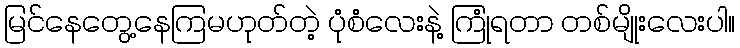
မြင်နေတွေ့နေကြမဟုတ်တဲ့ ပုံစံလေးနဲ့ ကြုံရတာ တစ်မျိုးလေးပါ။